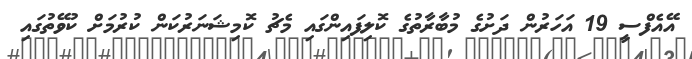
އޭއެފްސީ 19 އަހަރުން ދަށުގެ މުބާރާތުގެ ކޮލިފައިންގައި މެޗު ކޮމިޝަނަރުކަން ކުރުމަށް ކުވޭތުގައި